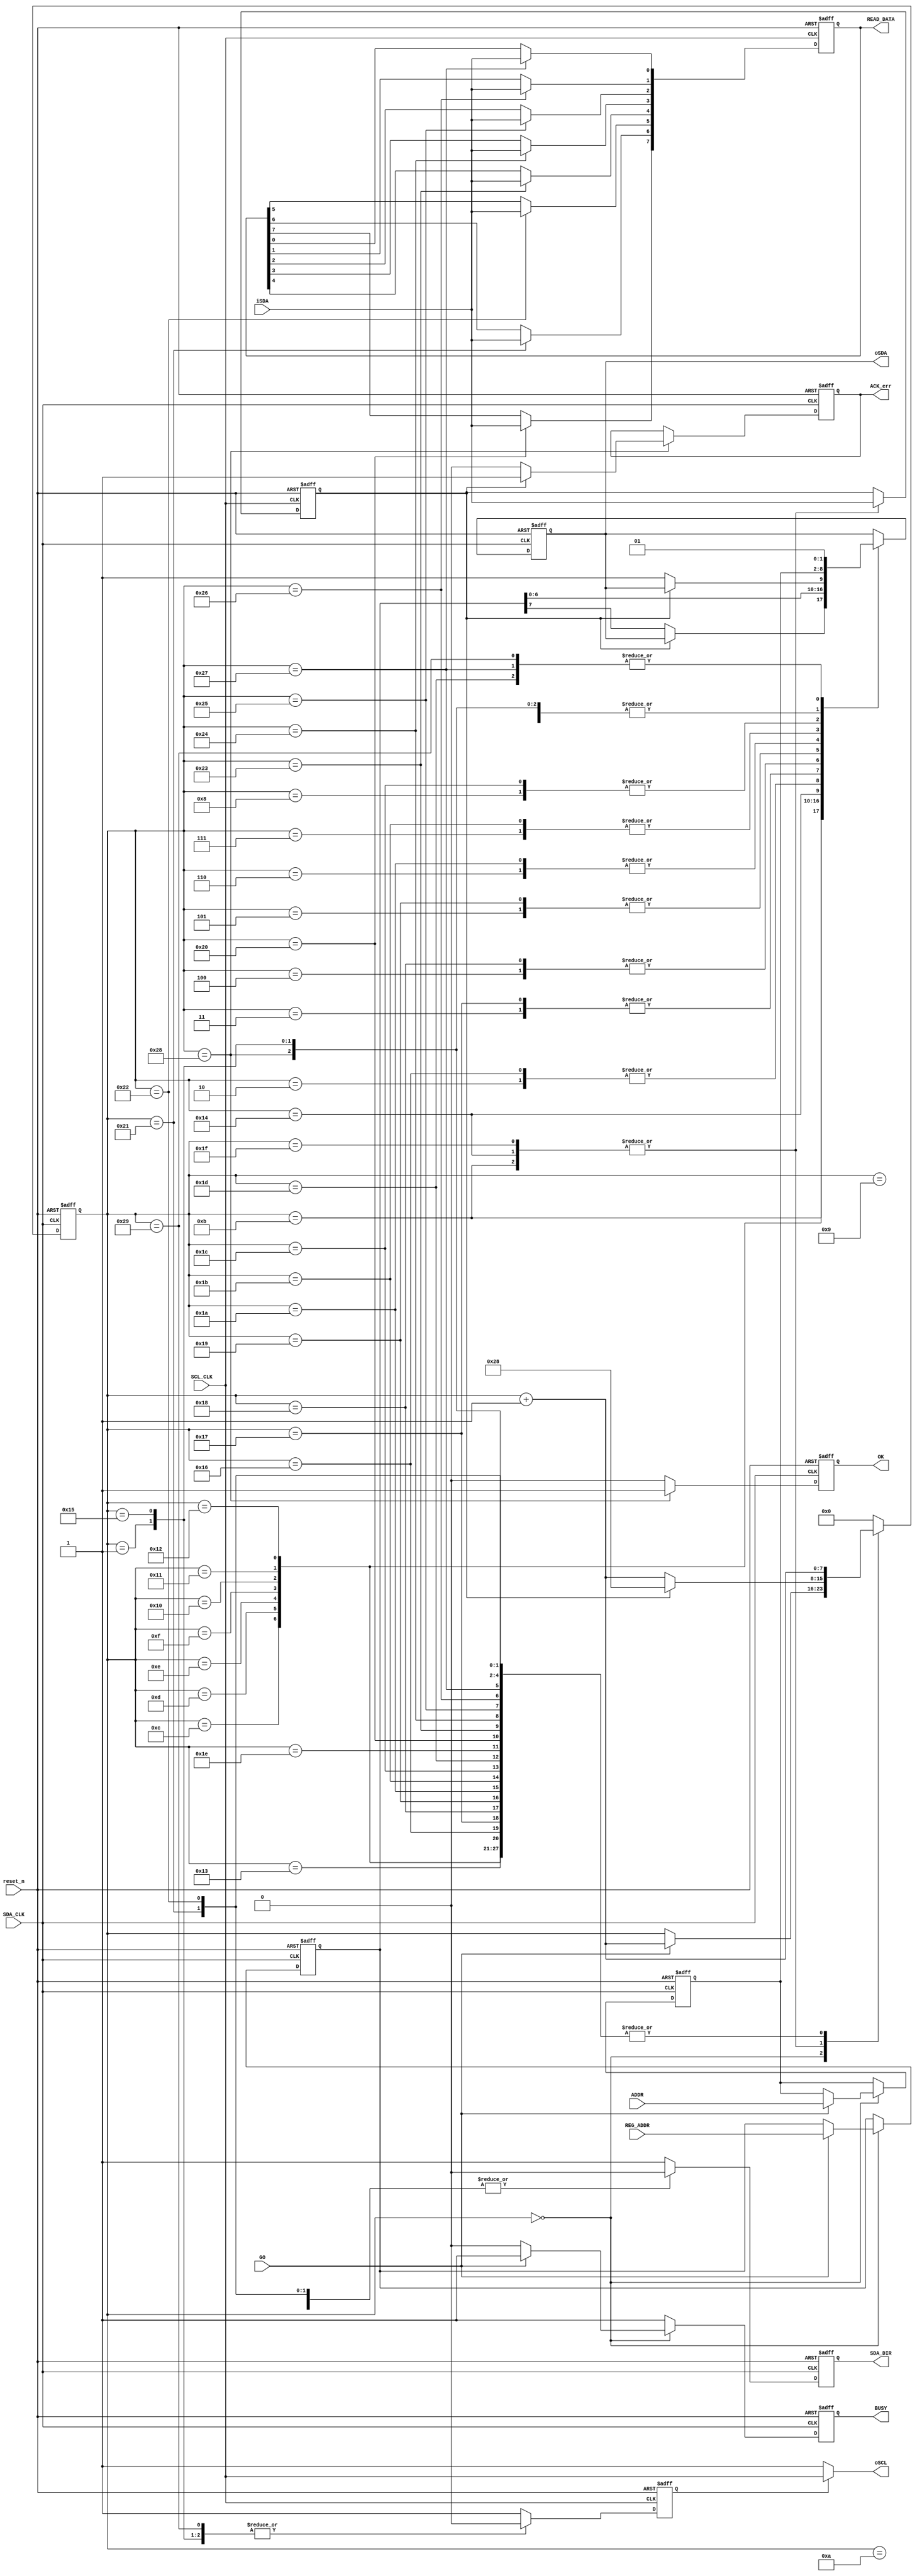
module I2C_READ(
						reset_n,
						GO,
						ADDR,
						REG_ADDR,
						SDA_CLK,
						SCL_CLK,
						iSDA,
						oSDA,
						oSCL,
						SDA_DIR,
						BUSY,
						ACK_err,
						READ_DATA,
						OK);//Verification OK!
input 		reset_n;
input 		GO;
input  [6:0]ADDR;
input  [7:0]REG_ADDR;
input 		SDA_CLK;
input 		SCL_CLK;
input 		iSDA;
output 		oSDA;
output 		oSCL;
output 		SDA_DIR;
output 		BUSY;//waitRequest
output 		ACK_err;
output [7:0]READ_DATA;
output		OK;

reg 		SDA;
reg		SDA_EN;
reg		SCL_EN;
reg [7:0]state;
reg [6:0]addr;
reg [7:0]reg_addr;
reg 		ack;
reg      ack_err;
reg [7:0]data;
reg      ok;
reg 		busy;


assign oSDA 		= SDA;
assign oSCL 		= ( SCL_EN ) ? SCL_CLK : 1;
assign SDA_DIR 	= SDA_EN;
assign BUSY 		= busy;		//only not busy at state = IDLE
assign ACK_err 	= ack_err;
assign READ_DATA 	= data;
assign OK			= ok;
always@(posedge SDA_CLK or negedge reset_n)begin
	if(!reset_n)begin
		addr		<= 0;
		reg_addr	<= 0;
		SDA		<= 1;	//make SDA stay High
		SDA_EN	<= 1;	//make SDA stay High
		state		<= 0; 
		busy		<= 0;
		ack_err	<= 0;
		ok			<= 0;
	end else begin
		addr		<= addr;
		reg_addr	<= reg_addr;
		SDA		<= SDA;
		SDA_EN	<= 1;
		state		<= state;
		busy		<= 1;
		ack_err	<= ack_err;
		ok			<= 0;
		case(state)
			0:begin//IDLE
					if(GO)begin
						addr		<= ADDR;
						reg_addr	<= REG_ADDR;
						state		<= state + 1;
					end else begin
						busy		<= 0;
						state		<= state;
					end
			  end
			1:begin
					SDA	<= 0;//Drop to start
					state	<= state + 1;
			  end
			2:begin//begin transmit addr
					SDA	<= addr[6];
					state	<= state + 1;
			  end
			3:begin
					SDA	<= addr[5];
					state	<= state + 1;
			  end
			4:begin
					SDA	<= addr[4];
					state <= state + 1;
			  end
			5:begin
					SDA	<= addr[3];
					state <= state + 1;
			  end
			6:begin
					SDA	<= addr[2];
					state <= state + 1;
			  end
			7:begin
					SDA	<= addr[1];
					state <= state + 1;
			  end
			8:begin
					SDA	<= addr[0];
					state <= state + 1;
			  end
			9:begin								//Write bit (0)
					SDA	<= 0;
					state	<= state + 1;
			  end
			10:begin								//ACK Release SDA control
					SDA_EN<= 0;
					state	<= state + 1;
				end
			11:begin
					if(ack == 0)begin			//ack successful, begin register address transmit
						SDA	<= reg_addr[7];
						state	<= state + 1;
					end else begin				
						state	<= 40;			//go to wait to stop the communication 
					end
				end
			12:begin
					SDA	<= reg_addr[6];
					state	<= state + 1;
				end
			13:begin
					SDA	<= reg_addr[5];
					state	<= state + 1;
				end
			14:begin
					SDA	<= reg_addr[4];
					state	<= state + 1;
				end
			15:begin
					SDA	<= reg_addr[3];
					state	<= state + 1;
				end
			16:begin
					SDA	<= reg_addr[2];
					state	<= state + 1;
				end
			17:begin
					SDA	<= reg_addr[1];
					state	<= state + 1;
				end
			18:begin
					SDA	<= reg_addr[0];
					state	<= state + 1;
				end
			19:begin								//ACK Release SDA control
					SDA_EN<= 0;
					state	<= state + 1;
				end
			20:begin								//SDA PULL UP wait to restart
					if(ack == 0)begin			//ack successful
						SDA	<= 1;
						state	<= state + 1;
					end else begin
						state	<= 40;			//go to wait to stop communication
					end
				end
			21:begin								//Start again ,pull down SDA
					SDA	<= 0;
					state	<= state + 1;
				end
			22:begin								//begin transmit Device I2C address again
					SDA	<= addr[6];
					state	<= state + 1;
			   end
			23:begin
					SDA	<= addr[5];
					state	<= state + 1;
			   end
			24:begin
					SDA	<= addr[4];
					state	<= state + 1;
			   end
			25:begin
					SDA	<= addr[3];
					state	<= state + 1;
			   end
			26:begin
					SDA	<= addr[2];
					state	<= state + 1;
			   end
			27:begin
					SDA	<= addr[1];
					state	<= state + 1;
			   end
			28:begin
					SDA	<= addr[0];
					state	<= state + 1;
			   end
			29:begin							//read(1)
					SDA	<= 1;
					state	<= state + 1;
				end
			30:begin							//ACK Release SDA control
					SDA_EN<= 0;
					state	<= state + 1;
				end
			31:begin							//begin to receive [7:0]data, wati to receive data[7]
					if(ack == 0)begin		//ack successful,
						state	<= state+1;
					end else begin
						state	<= 40;		//go to wait to stop communication
					end
					SDA_EN <= 0;
				end
			32:begin							//wati to receive data[6]
					SDA_EN<= 0;
					state	<= state + 1;		
				end 
			33:begin							//wati to receive data[5]
					SDA_EN<= 0;
					state	<= state + 1;		
				end 
			34:begin							//wati to receive data[4]
					SDA_EN<= 0;
					state	<= state + 1;		
				end 
			35:begin							//wati to receive data[3]
					SDA_EN<= 0;
					state	<= state + 1;		
				end 
			36:begin							//wati to receive data[2]
					SDA_EN<= 0;
					state	<= state + 1;		
				end 
			37:begin							//wati to receive data[1]
					SDA_EN<= 0;
					state	<= state + 1;		
				end 
			38:begin							//wati to receive data[0]
					SDA_EN<= 0;
					state	<= state + 1;		
				end 
			39:begin							//NACK Pull high
					SDA	<= 1;
					state	<= state + 1;
				end
			40:begin
					SDA	<= 0;				//pull down wait to stop
					state	<= state + 1;
					ok		<= 1;
					if(ack == 0)begin
						ack_err	<= 0;
					end else begin
						ack_err	<= 1;
					end
				end
			41:begin							//completed stop communication
					SDA	<= 1;
					state	<= 0;
				end
			default:begin
							state	<= 0;
					  end
		endcase
	end
end

always@(posedge SCL_CLK or negedge reset_n)begin
	if(!reset_n)begin
		ack 	<= 0;
		data	<= 0;
		SCL_EN<= 0;
	end else begin
		ack	<= ack;
		data	<= data;
		SCL_EN<=1;
		case(state)
			0:begin//IDLE disable SCL
					SCL_EN	<=	0;
			  end
			1:begin//IDLE disable SCL
					SCL_EN	<=	0;
			  end
			21:begin//
					SCL_EN	<=	0;
				end
			11:begin				//ACK1
					ack		<= iSDA;
				end
			20:begin				//ACK2
					ack		<= iSDA;
				end
			31:begin				//ACK3
					ack		<= iSDA;
				end
			32:begin				//begin receive [7:0]data
					data[7]	<= iSDA;
				end
			33:begin
					data[6]	<= iSDA;
				end
			34:begin
					data[5]	<= iSDA;
				end
			35:begin
					data[4]	<= iSDA;
				end
			36:begin
					data[3]	<= iSDA;
				end
			37:begin
					data[2]	<= iSDA;
				end
			38:begin
					data[1]	<= iSDA;
				end
			39:begin
					data[0]	<= iSDA;
				end
			41:begin
					SCL_EN	<=	0;
				end
			default:begin
							ack	<= ack;
							data	<= data;
					  end
		endcase
	end
end
endmodule